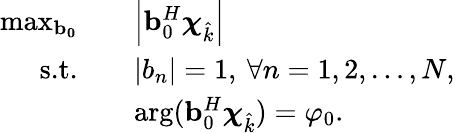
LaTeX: \begin{array}{rl}{\operatorname*{max}_{\boldsymbol{\mathbf{b}_{0}}}\quad}&{\Bigl|\mathbf{b}_{0}^{H}\boldsymbol{\chi}_{\hat{k}}\Bigl|}\\ {\textrm{s.t.}\quad}&{|b_{n}|=1,\: \forall n=1,2,\ldots,N,}\\ {\quad}&{\arg(\mathbf{b}_{0}^{H}\boldsymbol{\chi}_{\hat{k}})=\varphi_{0}.}\end{array}